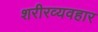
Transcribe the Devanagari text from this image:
शरीरव्यवहार